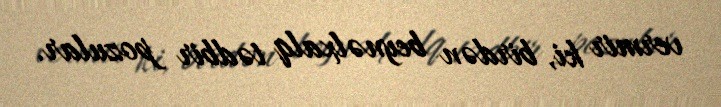
vermir ki, birdən beynəlxalq tədbir pozular.